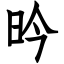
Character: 昑